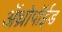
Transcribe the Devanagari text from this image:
अॅथ्रोपॉईड